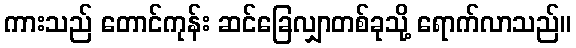
ကားသည် တောင်ကုန်း ဆင်ခြေလျှာတစ်ခုသို့ ရောက်လာသည်။